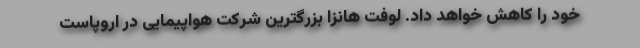
خود را کاهش خواهد داد. لوفت هانزا بزرگترین شرکت هواپیمایی در اروپاست